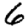
Digit: 6